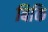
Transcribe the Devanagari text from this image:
बिकि